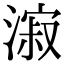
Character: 漃